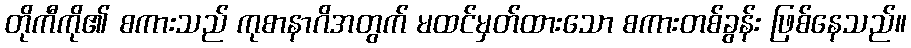
တိုကီကို၏ စကားသည် ကုစာနာဂိအတွက် မထင်မှတ်ထားသော စကားတစ်ခွန်း ဖြစ်နေသည်။